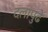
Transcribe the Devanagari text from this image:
दलांपुढे